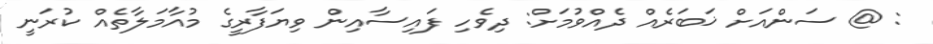
: @ ސަންއަށް ޚަބަރެއް ދެއްވުމަށް: ދިވެހި ފައިސާއިން ވިޔަފާރީގެ މުއާމަލާތެއް ކުރަނީ